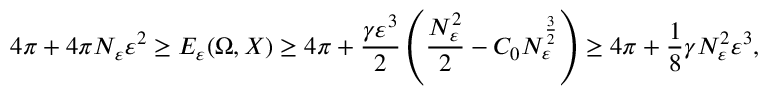
4 \pi + 4 \pi N _ { \varepsilon } \varepsilon ^ { 2 } \geq E _ { \varepsilon } ( \Omega , X ) \geq 4 \pi + \frac { \gamma \varepsilon ^ { 3 } } { 2 } \left( \frac { N _ { \varepsilon } ^ { 2 } } { 2 } - C _ { 0 } N _ { \varepsilon } ^ { \frac { 3 } { 2 } } \right) \geq 4 \pi + \frac 1 8 \gamma N _ { \varepsilon } ^ { 2 } \varepsilon ^ { 3 } ,